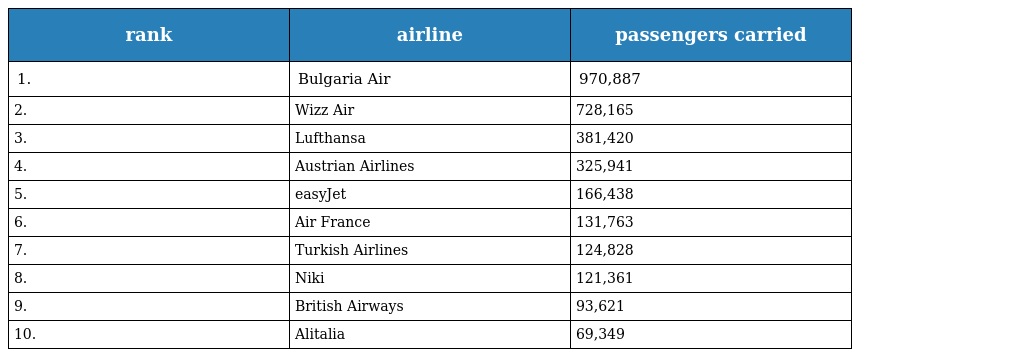
| rank | airline | passengers carried |
 | --- | --- | --- |
 | 1. | Bulgaria Air | 970,887 |
 | 2. | Wizz Air | 728,165 |
 | 3. | Lufthansa | 381,420 |
 | 4. | Austrian Airlines | 325,941 |
 | 5. | easyJet | 166,438 |
 | 6. | Air France | 131,763 |
 | 7. | Turkish Airlines | 124,828 |
 | 8. | Niki | 121,361 |
 | 9. | British Airways | 93,621 |
 | 10. | Alitalia | 69,349 |